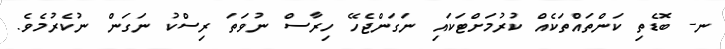
ނ- ބޮޑެތި ކަންތައްތަކެއް ކުރުމަށްޓަކައި ނަގަންޖެހޭ ހިރާސް ނުވަތަ ރިސްކު ނަގަން ނުކެރުމެވެ.